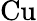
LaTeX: \mathrm{Cu}